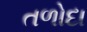
તળોદા